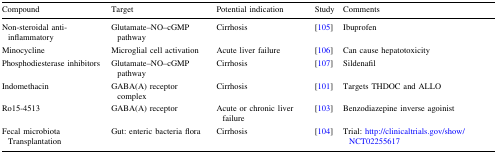
<table><thead><tr><td><b>Compound</b></td><td><b>Target</b></td><td><b>Potential indication</b></td><td><b>Study</b></td><td><b>Comments</b></td></tr></thead><tbody><tr><td>Non-steroidal anti-inflammatory</td><td>Glutamate–NO–cGMP pathway</td><td>Cirrhosis</td><td>[105]</td><td>Ibuprofen</td></tr><tr><td>Minocycline</td><td>Microglial cell activation</td><td>Acute liver failure</td><td>[106]</td><td>Can cause hepatotoxicity</td></tr><tr><td>Phosphodiesterase inhibitors</td><td>Glutamate–NO–cGMP pathway</td><td>Cirrhosis</td><td>[107]</td><td>Sildenafil</td></tr><tr><td>Indomethacin</td><td>GABA(A) receptor complex</td><td>Cirrhosis</td><td>[101]</td><td>Targets THDOC and ALLO</td></tr><tr><td>Ro15-4513</td><td>GABA(A) receptor</td><td>Acute or chronic liver failure</td><td>[103]</td><td>Benzodiazepine inverse agoinist</td></tr><tr><td>Fecal microbiota Transplantation</td><td>Gut: enteric bacteria flora</td><td>Cirrhosis</td><td>[104]</td><td>Trial: http://clinicaltrials.gov/show/NCT02255617</td></tr></tbody></table>